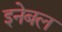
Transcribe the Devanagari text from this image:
इनेबल